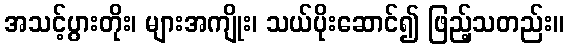
အသင့်ပွားတိုး၊ များအကျိုး၊ သယ်ပိုးဆောင်၍ ဖြည့်သတည်း။